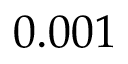
0 . 0 0 1